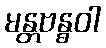
မန္တဗန္ဓဝါ